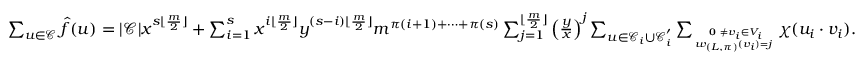
\begin{array} { r } { \sum _ { \boldsymbol { u } \in \mathcal { C } } \hat { f } ( \boldsymbol { u } ) = | \mathcal { C } | x ^ { s \lfloor \frac { m } { 2 } \rfloor } + \sum _ { i = 1 } ^ { s } x ^ { i \lfloor \frac { m } { 2 } \rfloor } y ^ { ( s - i ) \lfloor \frac { m } { 2 } \rfloor } m ^ { \pi ( i + 1 ) + \cdots + \pi ( s ) } \sum _ { j = 1 } ^ { \lfloor \frac { m } { 2 } \rfloor } \left( \frac { y } { x } \right) ^ { j } \sum _ { \boldsymbol { u } \in \mathcal { C } _ { i } \cup \mathcal { C } _ { i } ^ { ' } } \sum _ { \textbf { 0 } \neq \boldsymbol { v _ { i } } \in V _ { i } \atop w _ { ( L , \pi ) } ( \boldsymbol { v _ { i } } ) = j } \chi ( \boldsymbol { u _ { i } } \cdot \boldsymbol { v _ { i } } ) . } \end{array}